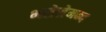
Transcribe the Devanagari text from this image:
भरोसेमन्द